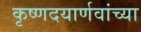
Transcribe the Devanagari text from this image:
कृष्णदयार्णवांच्या